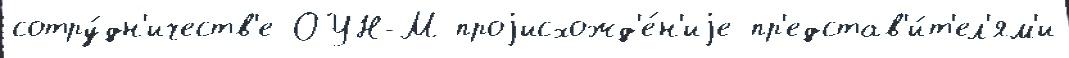
сотру́дн'ичеств'е ОУН-М проjисхожд'е́н'иjе пр'едстав'и́т'ел'ям'и